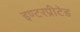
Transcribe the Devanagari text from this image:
इण्टरप्रीटेड